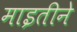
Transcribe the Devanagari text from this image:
माइतीने